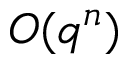
O ( q ^ { n } )